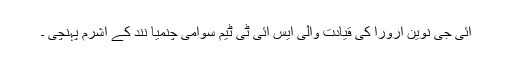
آئی جی نوین ارورا کی قیادت والی ایس آئی ٹی ٹیم سوامی چنمیا نند کے آشرم پہنچی ۔